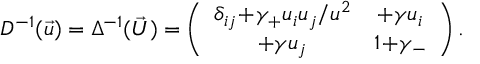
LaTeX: D ^ { - 1 } ( \vec { u } ) = \Delta ^ { - 1 } ( \vec { U } ) = \left( \begin{array} { c c } { { \delta _ { i j } \! + \! \gamma _ { + } u _ { i } u _ { j } / u ^ { 2 } } } & { { + \gamma u _ { i } } } \\ { { + \gamma u _ { j } } } & { { 1 \! + \! \gamma _ { - } } } \end{array} \right) .